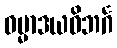
ဓမ္မာဒယဝိဘင်္ဂ